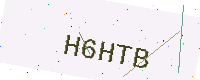
Text: H6HTB